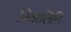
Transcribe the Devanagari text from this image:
रियालिटि